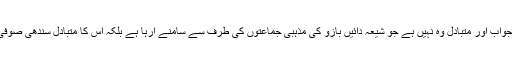
یا سیاسی اسلام ازم جوہے اس کا جواب اور متبادل وہ نہیں ہے جو شیعہ دائیں بازو کی مذہبی جماعتوں کی طرف سے سامنے آرہا ہے بلکہ اس کا متبادل سندھی صوفی واد سیکولر نیشلسٹ متبادل ہے ۔